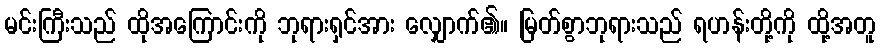
မင်းကြီးသည် ထိုအကြောင်းကို ဘုရားရှင်အား လျှောက်၏။ မြတ်စွာဘုရားသည် ရဟန်းတို့ကို ထို့အတူ